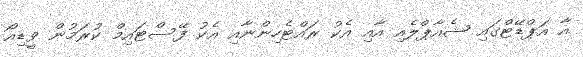
އާ އަޕްޑޭޓްގައި ޝެއާޕްލެއި އާއި އެކު ރައްޓެހިންނާއި އެކު ފޭސްޓައިމް ކުރަމުން ވީޑިއޯ